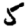
Digit: 5